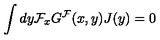
\int d y { \cal F } _ { x } G ^ { \cal F } ( x , y ) J ( y ) = 0